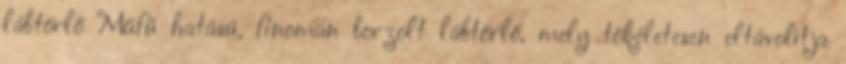
lábtörlő Műfű hatású, finoman borzolt lábtörlő, mely tökéletesen eltávolítja